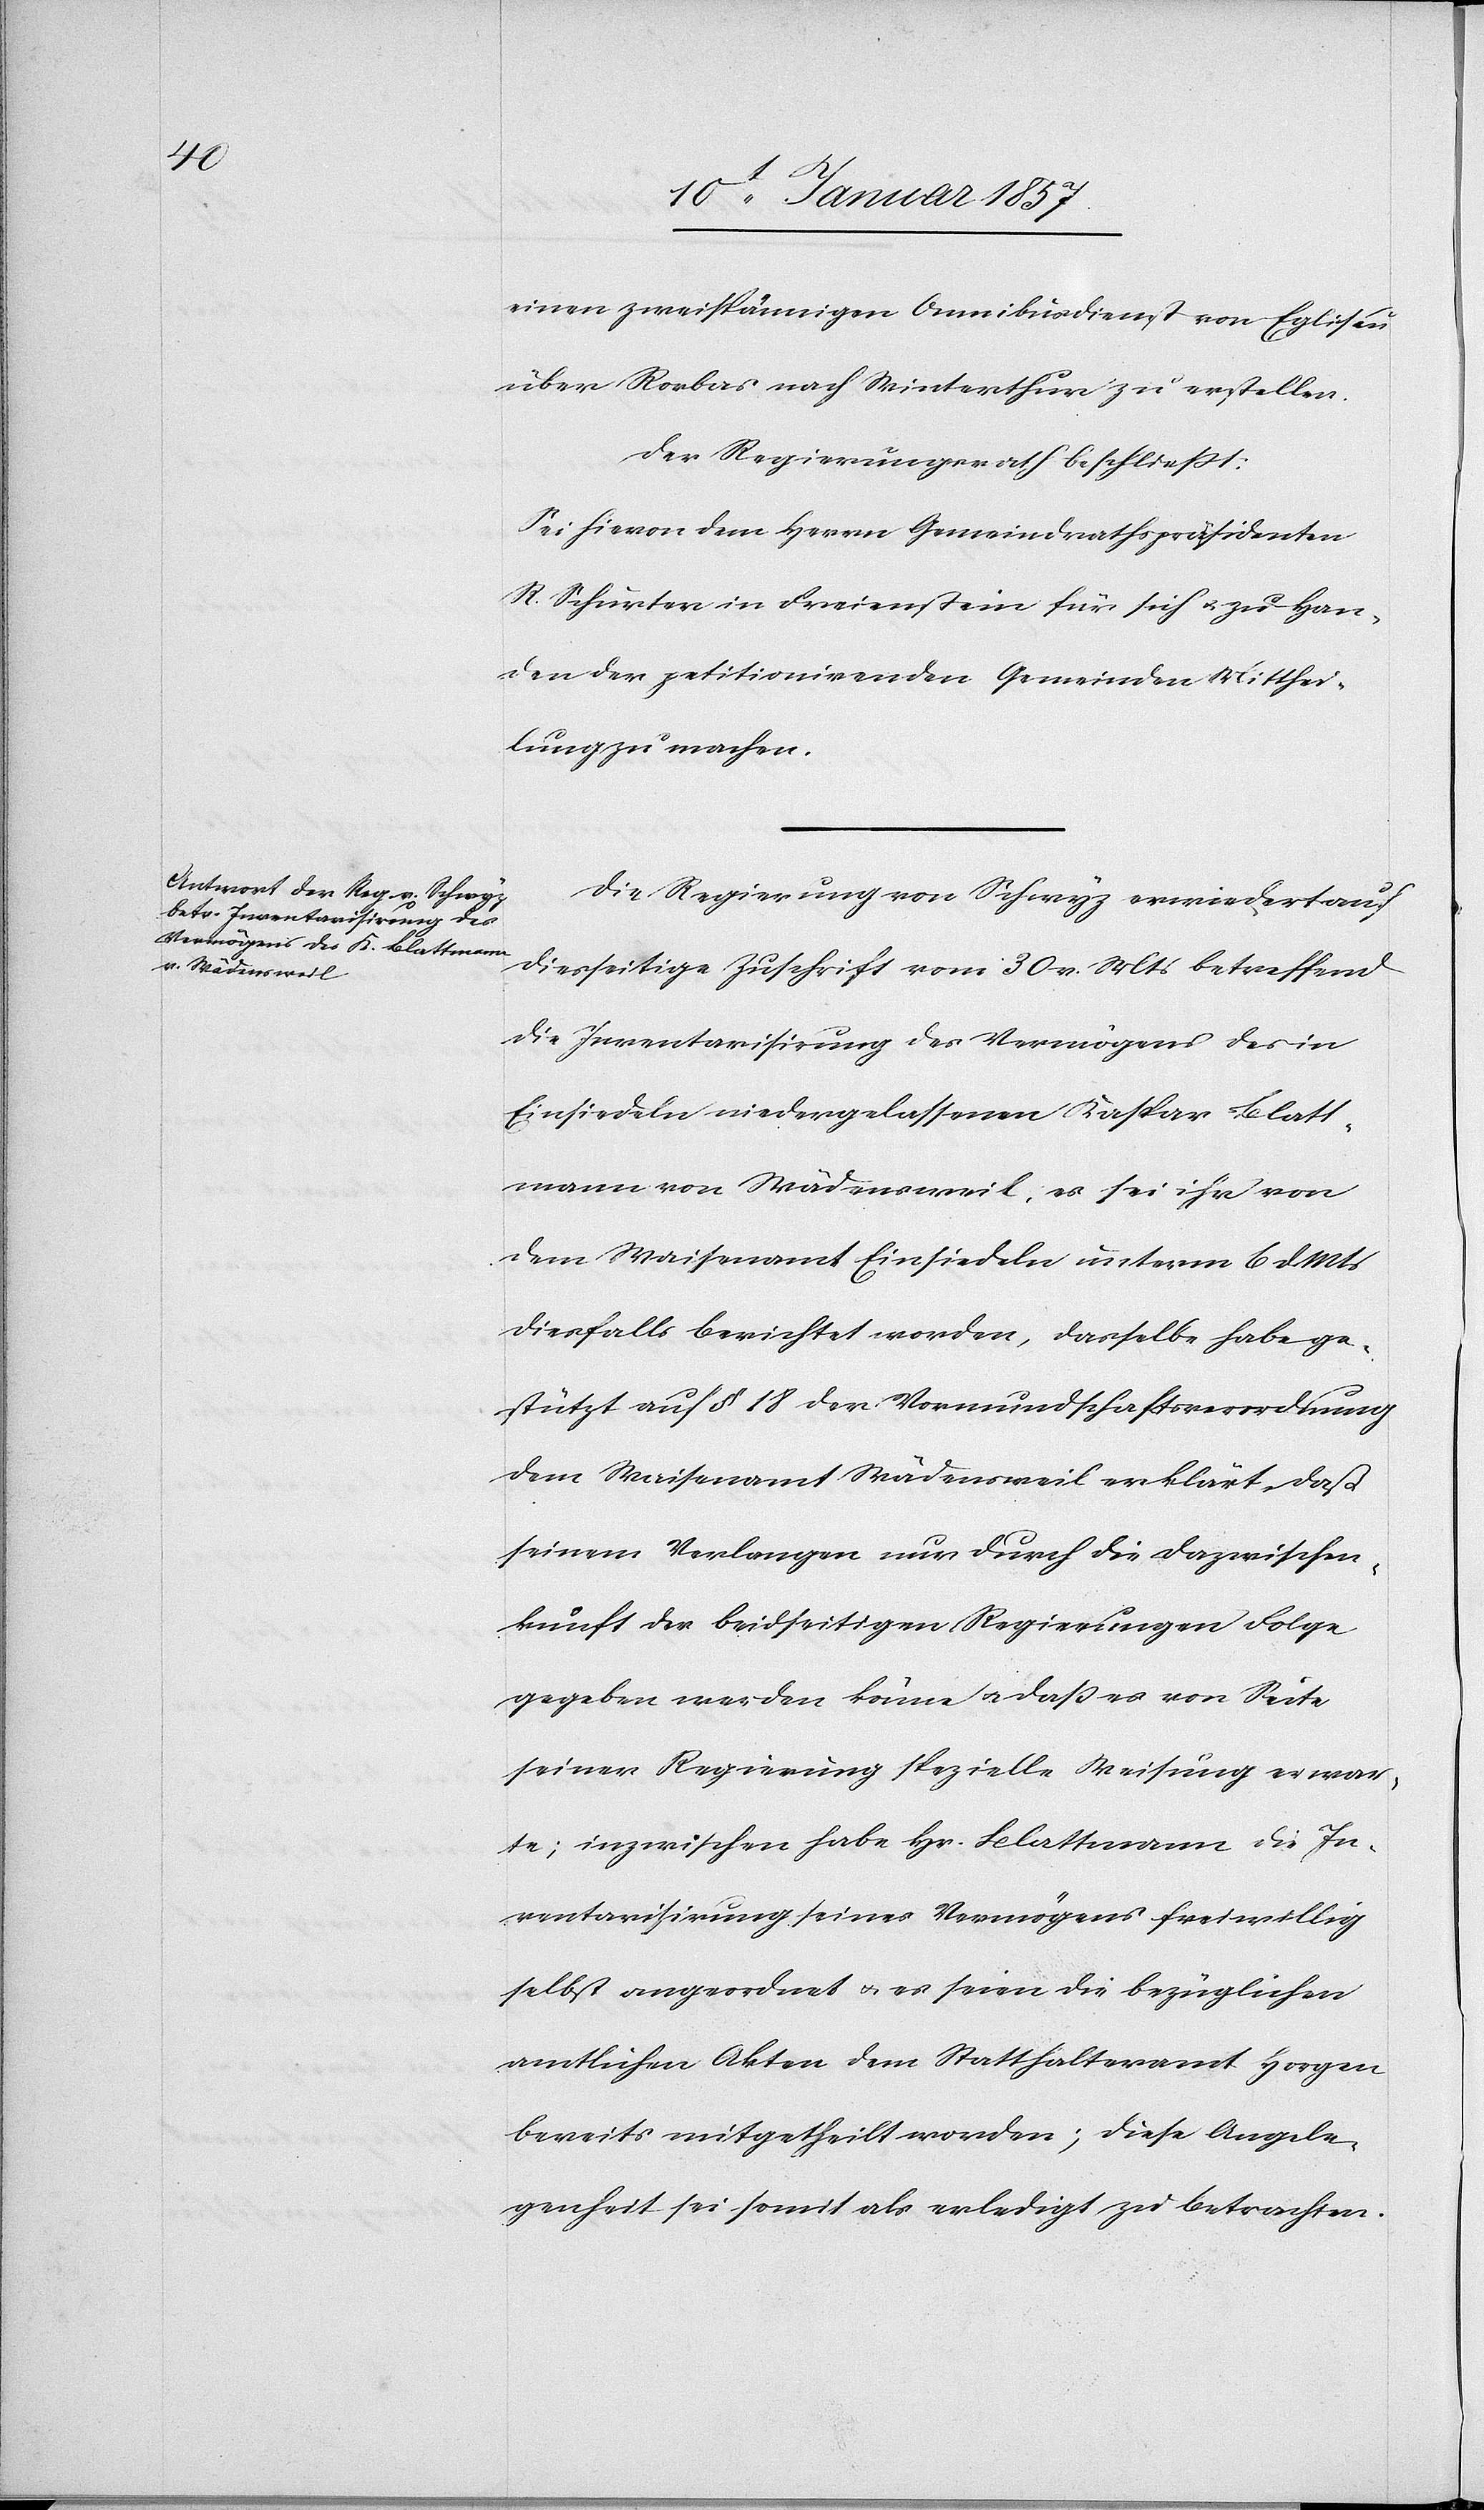
einen zweispännigen Omnibusdienst von Eglisau
über Rorbas nach Winterthur zu erstellen.
Der Regierungsrath beschließt:
Sei hievon dem Herrn Gemeindrathspräsidenten
R. Schurter in Freienstein für sich u. zu Han¬
den der petitionirenden Gemeinden Mitthei¬
lung zu machen.
Die Regierung von Schwyz erwiedert auf
diesseitige Zuschrift vom 30 v. Mts betreffend
die Inventarisirung des Vermögens des in
Einsiedeln niedergelassenen Kaspar Blatt¬
mann von Wädensweil, es sei ihr von
dem Weisenamt Einsiedeln unterm 6 d. Mts
diesfalls berichtet worden, dasselbe habe ge¬
stützt auf § 18 der Vormundschaftsverordnung
dem Waisenamt Wädensweil erklärt, daß
seinem Verlangen nur durch die Dazwischen¬
kunft der beidseitigen Regierungen Folge
gegeben werden könne u. daß es von Seite
seiner Regierung spezielle Weisung erwar¬
te; inzwischen habe Hr. Blattmann die In¬
ventarisirung seines Vermögens freiwillig
selbst angeordnet & es seien die bezüglichen
amtlichen Akten dem Statthalteramt Horgen
bereits mitgetheilt worden; diese Angele¬
genheit sei somit als erledigt zu betrachten.